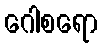
ဂေါစရော